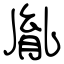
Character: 胤